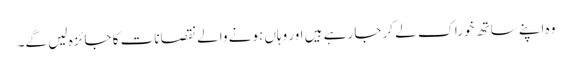
وہ اپنے ساتھ خوراک لے کر جا رہے ہیں اور وہاں ہونے والے نقصانات کا جائزہ لیں گے۔